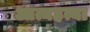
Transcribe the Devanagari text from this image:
आत्यहत्या